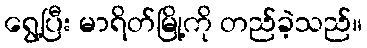
ရွေ့ပြီး မာရိတ်မြို့ကို တည်ခဲ့သည်။